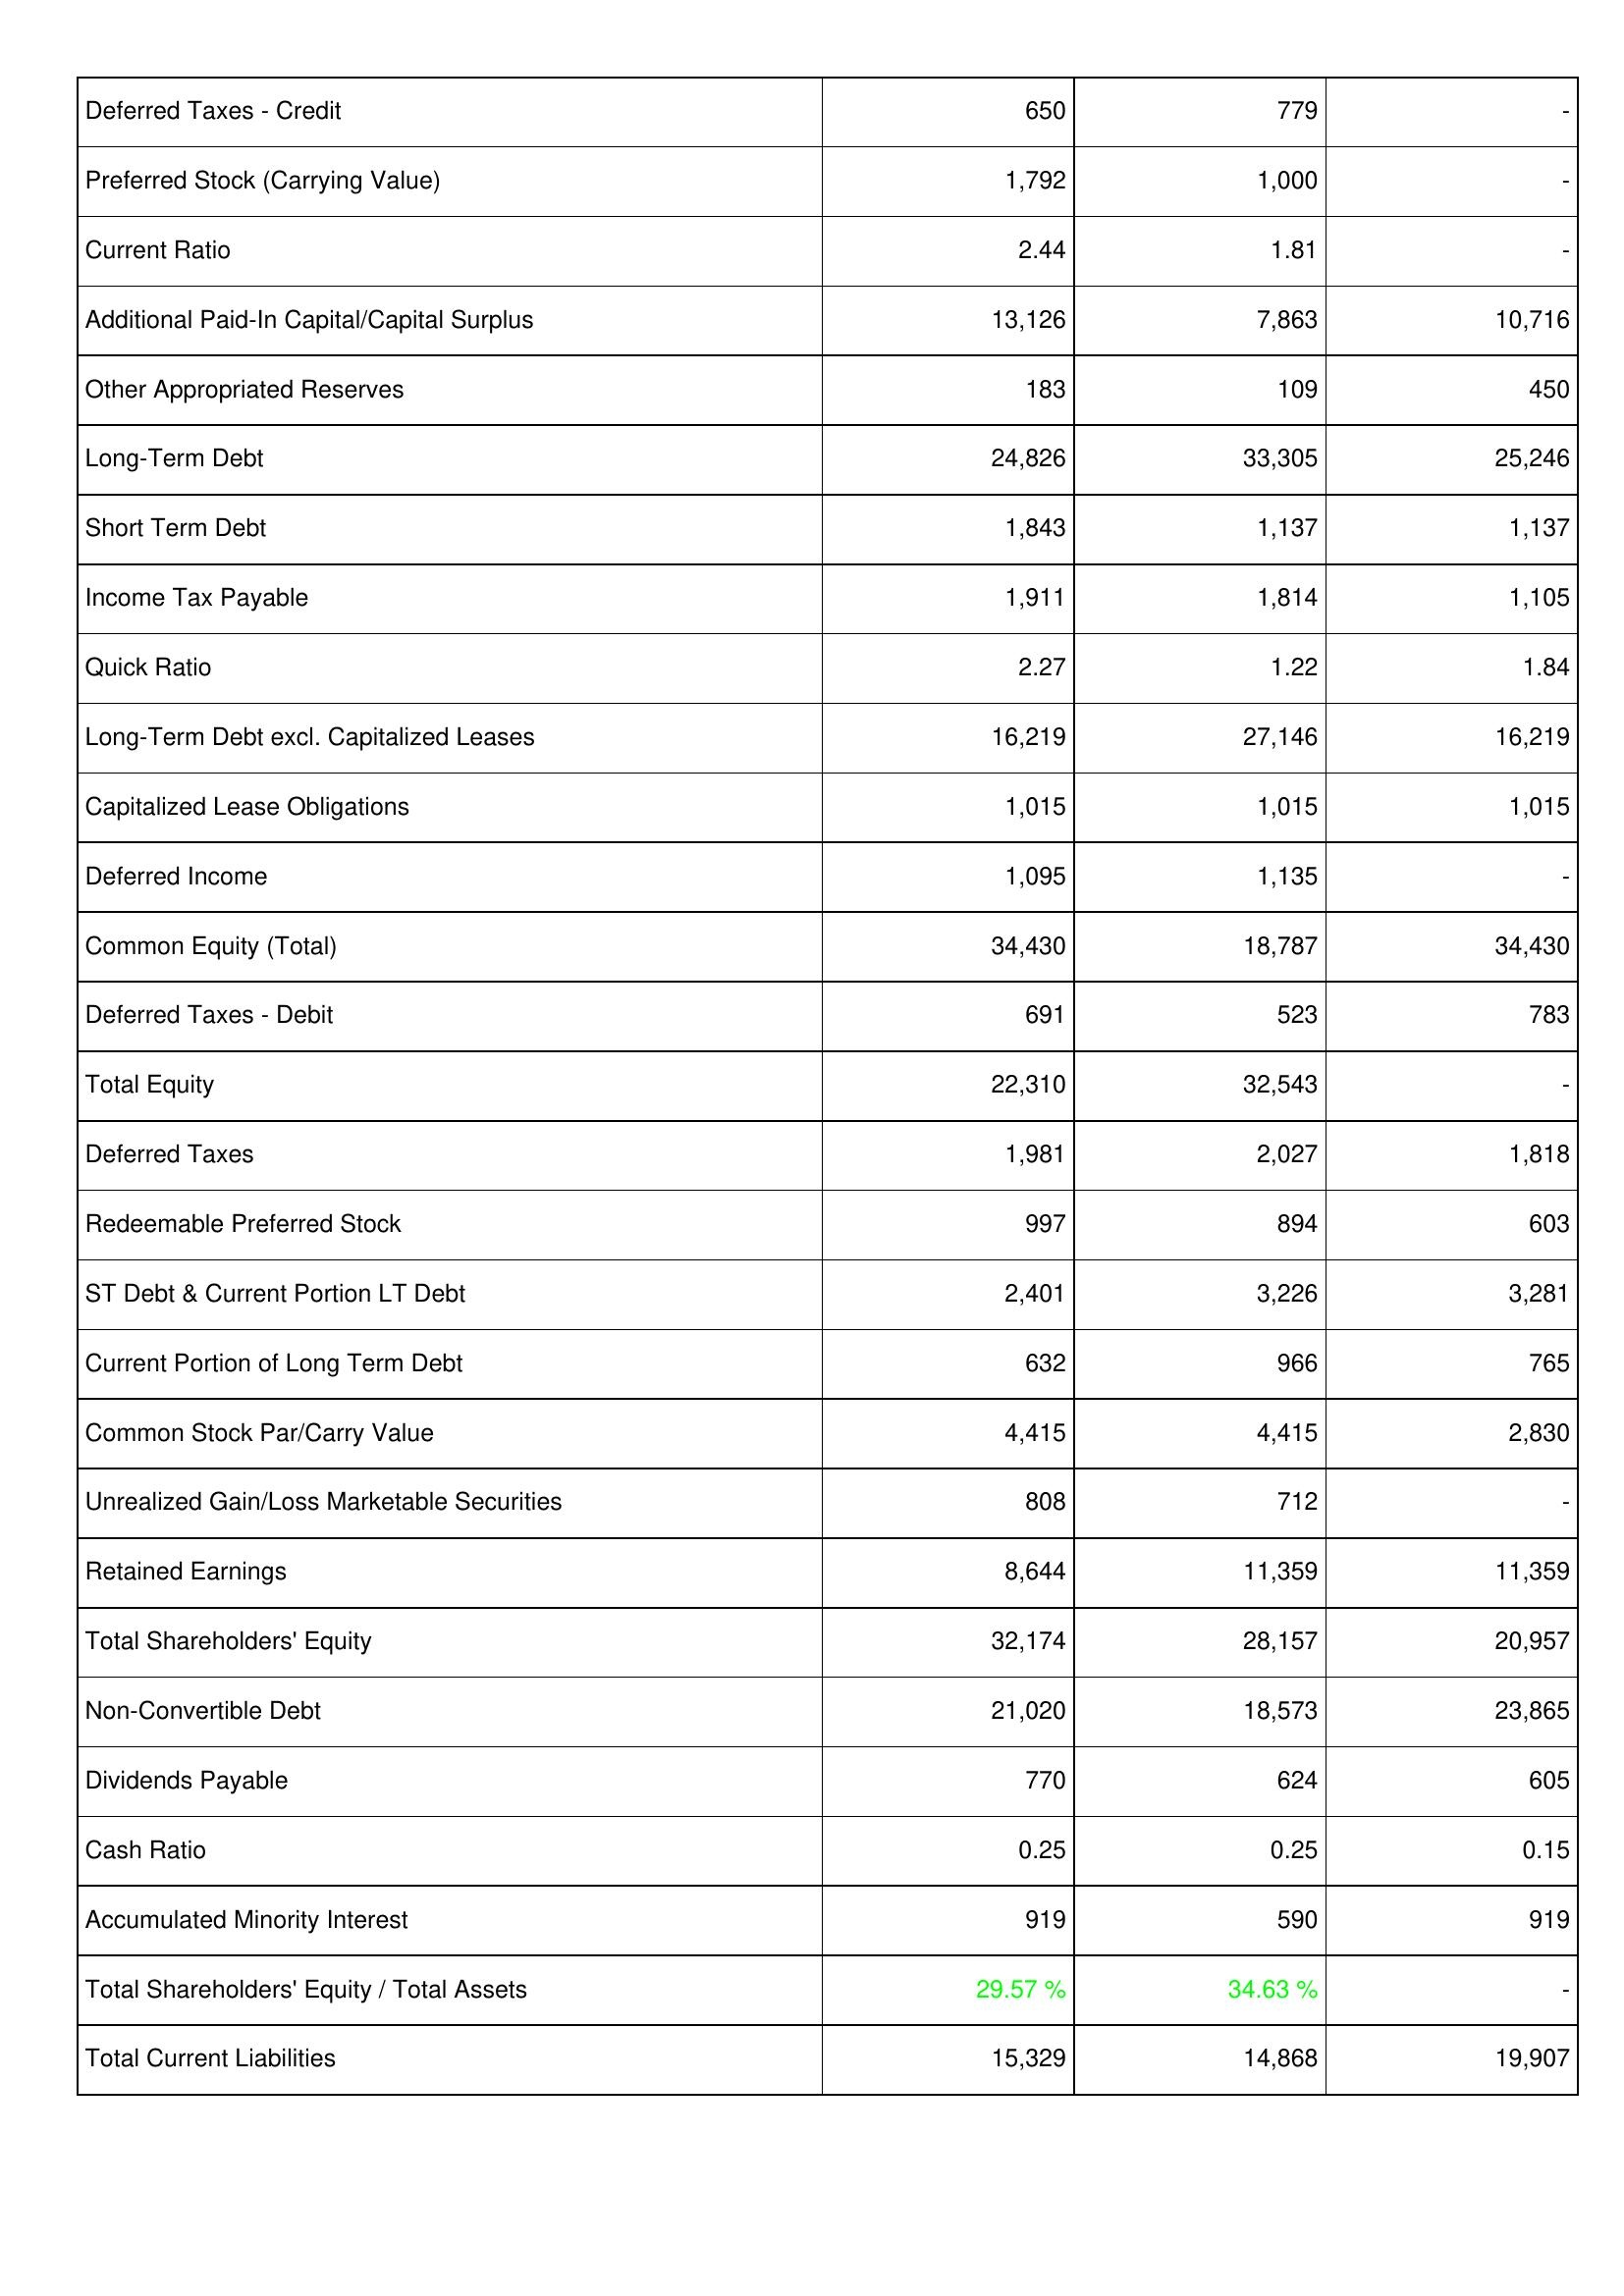
2014: Liabilities & Shareholders' Equity: Deferred Taxes - Credit: 650
Preferred Stock (Carrying Value): 1,792
Current Ratio: 2.44
Additional Paid-In Capital/Capital Surplus: 13,126
Other Appropriated Reserves: 183
Long-Term Debt: 24,826
Short Term Debt: 1,843
Income Tax Payable: 1,911
Quick Ratio: 2.27
Long-Term Debt excl. Capitalized Leases: 16,219
Capitalized Lease Obligations: 1,015
Deferred Income: 1,095
Common Equity (Total): 34,430
Deferred Taxes - Debit: 691
Total Equity: 22,310
Deferred Taxes: 1,981
Redeemable Preferred Stock: 997
ST Debt & Current Portion LT Debt: 2,401
Current Portion of Long Term Debt: 632
Common Stock Par/Carry Value: 4,415
Unrealized Gain/Loss Marketable Securities: 808
Retained Earnings: 8,644
Total Shareholders' Equity: 32,174
Non-Convertible Debt: 21,020
Dividends Payable: 770
Cash Ratio: 0.25
Accumulated Minority Interest: 919
Total Shareholders' Equity / Total Assets: 29.57 %
Total Current Liabilities: 15,329
2013: Liabilities & Shareholders' Equity: Deferred Taxes - Credit: 779
Preferred Stock (Carrying Value): 1,000
Current Ratio: 1.81
Additional Paid-In Capital/Capital Surplus: 7,863
Other Appropriated Reserves: 109
Long-Term Debt: 33,305
Short Term Debt: 1,137
Income Tax Payable: 1,814
Quick Ratio: 1.22
Long-Term Debt excl. Capitalized Leases: 27,146
Capitalized Lease Obligations: 1,015
Deferred Income: 1,135
Common Equity (Total): 18,787
Deferred Taxes - Debit: 523
Total Equity: 32,543
Deferred Taxes: 2,027
Redeemable Preferred Stock: 894
ST Debt & Current Portion LT Debt: 3,226
Current Portion of Long Term Debt: 966
Common Stock Par/Carry Value: 4,415
Unrealized Gain/Loss Marketable Securities: 712
Retained Earnings: 11,359
Total Shareholders' Equity: 28,157
Non-Convertible Debt: 18,573
Dividends Payable: 624
Cash Ratio: 0.25
Accumulated Minority Interest: 590
Total Shareholders' Equity / Total Assets: 34.63 %
Total Current Liabilities: 14,868
2012: Liabilities & Shareholders' Equity: Deferred Taxes - Credit: -
Preferred Stock (Carrying Value): -
Current Ratio: -
Additional Paid-In Capital/Capital Surplus: 10,716
Other Appropriated Reserves: 450
Long-Term Debt: 25,246
Short Term Debt: 1,137
Income Tax Payable: 1,105
Quick Ratio: 1.84
Long-Term Debt excl. Capitalized Leases: 16,219
Capitalized Lease Obligations: 1,015
Deferred Income: -
Common Equity (Total): 34,430
Deferred Taxes - Debit: 783
Total Equity: -
Deferred Taxes: 1,818
Redeemable Preferred Stock: 603
ST Debt & Current Portion LT Debt: 3,281
Current Portion of Long Term Debt: 765
Common Stock Par/Carry Value: 2,830
Unrealized Gain/Loss Marketable Securities: -
Retained Earnings: 11,359
Total Shareholders' Equity: 20,957
Non-Convertible Debt: 23,865
Dividends Payable: 605
Cash Ratio: 0.15
Accumulated Minority Interest: 919
Total Shareholders' Equity / Total Assets: -
Total Current Liabilities: 19,907